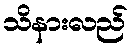
သိနားလည်